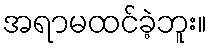
အရာမထင်ခဲ့ဘူး။